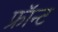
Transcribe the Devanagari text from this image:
फ्रॉन्ट